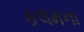
કલમના